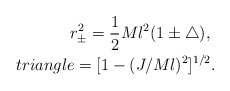
\begin{align*}r^2_{\pm}=\frac{1}{2}Ml^2( 1\pm \triangle), \ \\triangle=[1-(J/Ml)^2]^{1/2}.\end{align*}